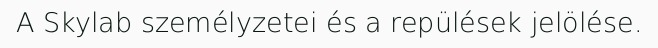
A Skylab személyzetei és a repülések jelölése.